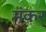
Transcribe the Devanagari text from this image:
मंकर